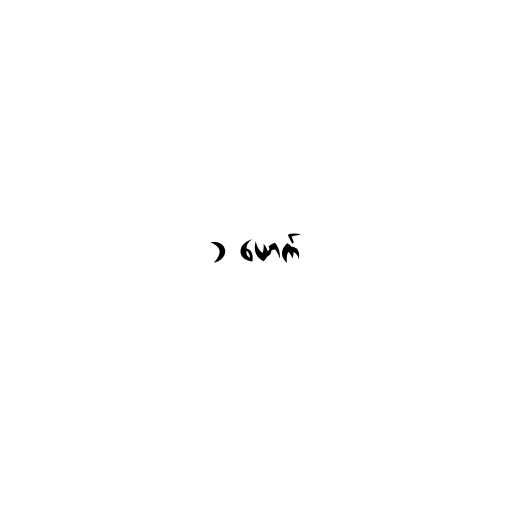
၁ ယောက်